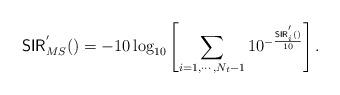
LaTeX: \begin{align*}\mathsf{SIR}_{MS}^{'}() = -10\log_{10}\left[\sum_{i=1, \cdots, N_t-1} 10^{-\frac{\mathsf{SIR}_i^{'}()}{10}}\right].\end{align*}